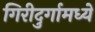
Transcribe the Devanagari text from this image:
गिरीदुर्गामध्ये